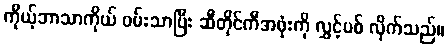
ကိုယ့်ဘာသာကိုယ် ဝမ်းသာပြီး ဆီတိုင်ကီအဖုံးကို လွှင့်ပစ် လိုက်သည်။